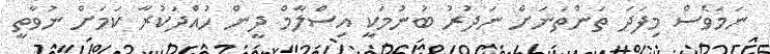
ނަމަވެސް މިފަދަ ތަންތަނަށް ނަދުރު ބުނުމަކީ އިސްލާމް ދީން ހުއްދަކުރާ ކަމަށް ނުވާތީ